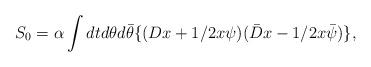
LaTeX: \begin{align*} S_0=\alpha\int dtd\theta d\bar{\theta}\{ (Dx+1/2x\psi) (\bar D x-1/2x\bar\psi)\},\end{align*}